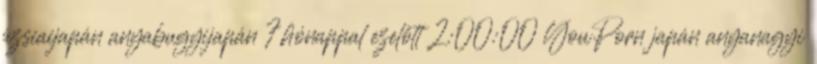
ázsiaijapán anyabugyijapán 7 hónappal ezelőtt 2:00:00 YouPorn japán anyanagyi